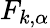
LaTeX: F_{k,\alpha}